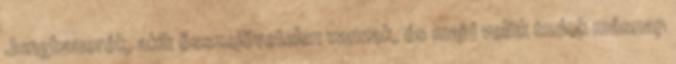
Jungbauerék, akik összejövetelen vannak, és majd velük tudok másnap